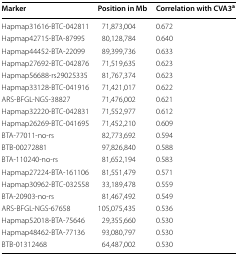
| Marker | Position in Mb | Correlation with CVA3a |
 | --- | --- | --- |
 | Hapmap31616-BTC-042811 | 71,873,004 | 0.672 |
 | Hapmap42715-BTA-87995 | 80,128,784 | 0.640 |
 | Hapmap44452-BTA-22099 | 89,399,736 | 0.633 |
 | Hapmap27692-BTC-042876 | 71,519,635 | 0.623 |
 | Hapmap56688-rs29025335 | 81,767,374 | 0.623 |
 | Hapmap33128-BTC-041916 | 71,421,017 | 0.622 |
 | ARS-BFGL-NGS-38827 | 71,476,002 | 0.621 |
 | Hapmap32220-BTC-042831 | 71,552,977 | 0.612 |
 | Hapmap26269-BTC-041695 | 71,452,210 | 0.609 |
 | BTA-77011-no-rs | 82,773,692 | 0.594 |
 | BTB-00272881 | 97,826,840 | 0.588 |
 | BTA-110240-no-rs | 81,652,194 | 0.583 |
 | Hapmap27224-BTA-161106 | 81,551,479 | 0.571 |
 | Hapmap30962-BTC-032558 | 33,189,478 | 0.559 |
 | BTA-20903-no-rs | 81,467,492 | 0.549 |
 | ARS-BFGL-NGS-67658 | 105,075,435 | 0.536 |
 | Hapmap52018-BTA-75646 | 29,355,660 | 0.530 |
 | Hapmap48462-BTA-77136 | 93,080,797 | 0.530 |
 | BTB-01312468 | 64,487,002 | 0.530 |